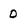
Character: 0